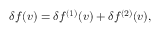
\delta f ( \boldsymbol { v } ) = \delta f ^ { ( 1 ) } ( \boldsymbol { v } ) + \delta f ^ { ( 2 ) } ( \boldsymbol { v } ) ,